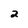
Character: 2